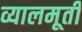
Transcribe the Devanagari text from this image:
व्यालमूर्ती